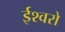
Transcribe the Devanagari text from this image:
ईश्वरो